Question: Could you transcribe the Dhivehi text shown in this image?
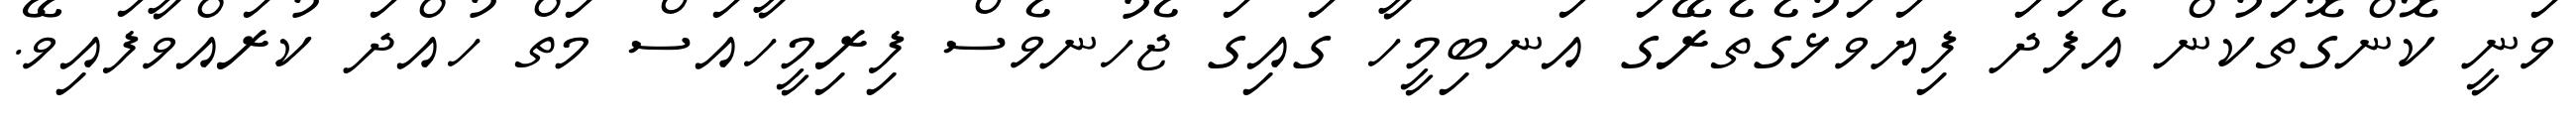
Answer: ވަނީ ކޮންގޮތަކުން އެފަދަ ފިޔަވަޅުގެތެރޭގަ އަނބިމީހާ ގައިގަ ޖެހުނވެސް ފިރިމީހާއަސް މަތް ހުއްދަ ކުރައްވާފައިވޭ.